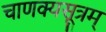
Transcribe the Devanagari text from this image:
चाणक्यसूत्रम्